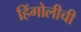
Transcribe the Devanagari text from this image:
हिंगोलीची